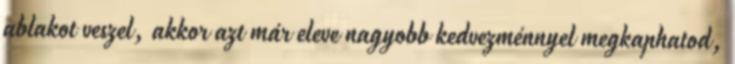
ablakot veszel, akkor azt már eleve nagyobb kedvezménnyel megkaphatod,